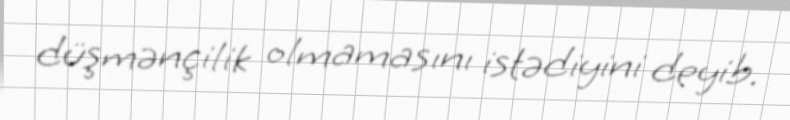
düşmənçilik olmamasını istədiyini deyib.